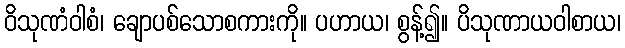
ဝိသုဏံဝါစံ၊ ချောပစ်သောစကားကို။ ပဟာယ၊ စွန့်၍။ ပိသုဏာယဝါစာယ၊